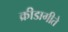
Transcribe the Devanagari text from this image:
क्रीडागीते